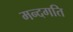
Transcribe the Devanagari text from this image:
मन्दगति